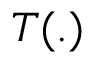
T ( . )